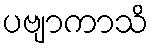
ပဗျာကာသိ